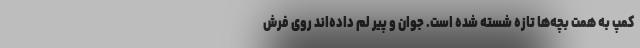
کمپ به همت بچه‌ها تازه شسته شده است. جوان و پیر لم داده‌اند روی فرش